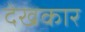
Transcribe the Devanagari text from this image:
देखकार